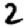
Digit: 2